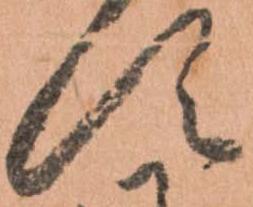
す